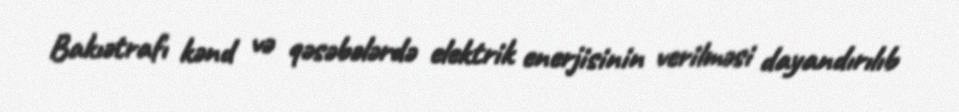
Bakıətrafı kənd və qəsəbələrdə elektrik enerjisinin verilməsi dayandırılıb